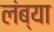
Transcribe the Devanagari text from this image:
लंब्या